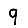
Digit: 9